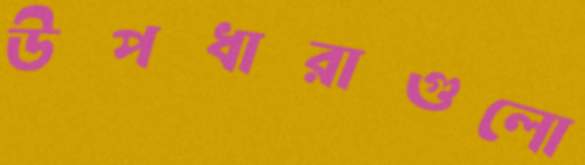
উপধারাগুলো